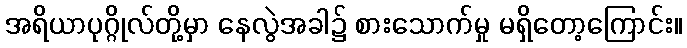
အရိယာပုဂ္ဂိုလ်တို့မှာ နေလွဲအခါ၌ စားသောက်မှု မရှိတော့ကြောင်း။